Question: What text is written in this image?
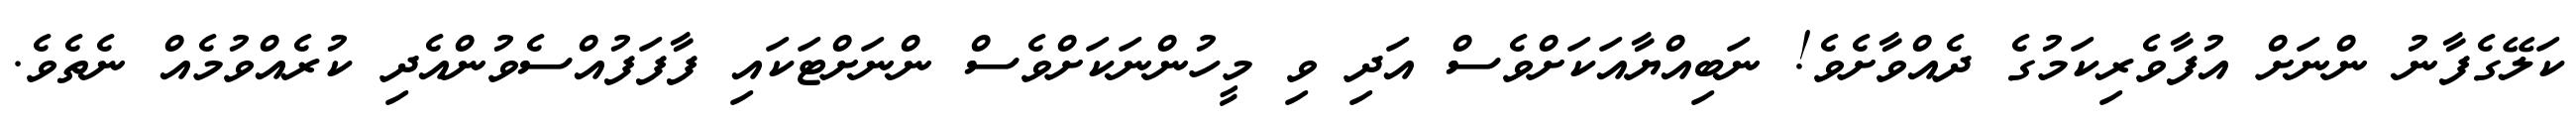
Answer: ކަލޭގެފާނު ންނަށް އުފާވެރިކަމުގެ ދެއްވާށެވެ! ނަބިއްޔާއަކަށްވެސް އަދި ވި މީހުންނަކަށްވެސް ންނަށްޓަކައި ފާފަފުއްސެވުންއެދި ކުރެއްވުމެއް ނެތެވެ.